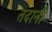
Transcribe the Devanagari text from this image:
तदानीं